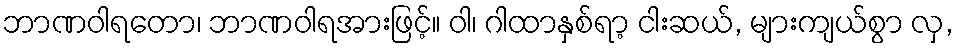
ဘာဏဝါရတော၊ ဘာဏဝါရအားဖြင့်။ ဝါ၊ ဂါထာနှစ်ရာ့ ငါးဆယ်, များကျယ်စွာ လှ,